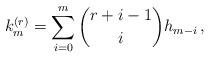
LaTeX: \begin{align*} k_m^{(r)} = \sum_{i=0}^m \binom{r+i-1}{i} h_{m-i}\,, \end{align*}